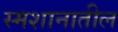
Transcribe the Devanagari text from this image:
स्मशानातील